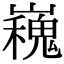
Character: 𭗪